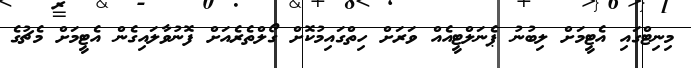
މިނިޓްގައި އެޓީމަށް ލިބުނު ޕެނަލްޓީއެއް ވަރަށް ހިތްގައިމުކޮށް ގޯލްތެރެއަށް ފޮނުވާލައިގެން އެޓީމަށް މެޗުގެ